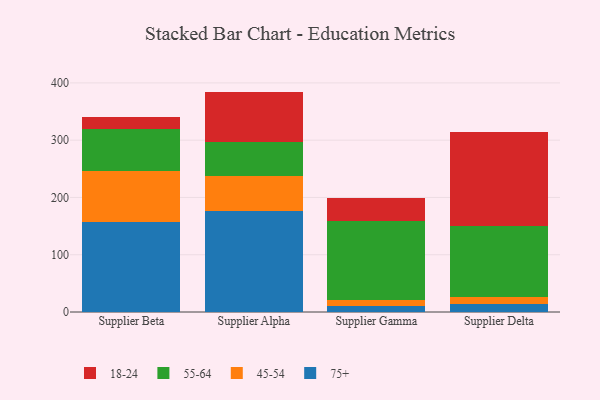
{"axis": {"x": "Supplier", "y": "Tickets Resolved"}, "legend": ["18-24", "45-54", "55-64", "75+"], "data": [{"x": "Supplier Beta", "y": 157.2, "type": "75+"}, {"x": "Supplier Beta", "y": 89.1, "type": "45-54"}, {"x": "Supplier Beta", "y": 72.9, "type": "55-64"}, {"x": "Supplier Beta", "y": 21.5, "type": "18-24"}, {"x": "Supplier Alpha", "y": 175.8, "type": "75+"}, {"x": "Supplier Alpha", "y": 62.0, "type": "45-54"}, {"x": "Supplier Alpha", "y": 58.7, "type": "55-64"}, {"x": "Supplier Alpha", "y": 88.3, "type": "18-24"}, {"x": "Supplier Gamma", "y": 9.7, "type": "75+"}, {"x": "Supplier Gamma", "y": 11.0, "type": "45-54"}, {"x": "Supplier Gamma", "y": 138.0, "type": "55-64"}, {"x": "Supplier Gamma", "y": 40.3, "type": "18-24"}, {"x": "Supplier Delta", "y": 13.3, "type": "75+"}, {"x": "Supplier Delta", "y": 13.6, "type": "45-54"}, {"x": "Supplier Delta", "y": 122.5, "type": "55-64"}, {"x": "Supplier Delta", "y": 164.7, "type": "18-24"}]}